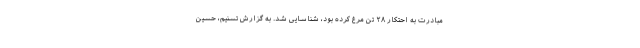
مبادرت به احتکار ۲۸ تن مرغ کرده بود، شناسایی شد. به گزارش تسنیم، حسین